Indian journal of veterinary science and animal husbandry - Volumes 15-17, 1948-1951
Year: 1948
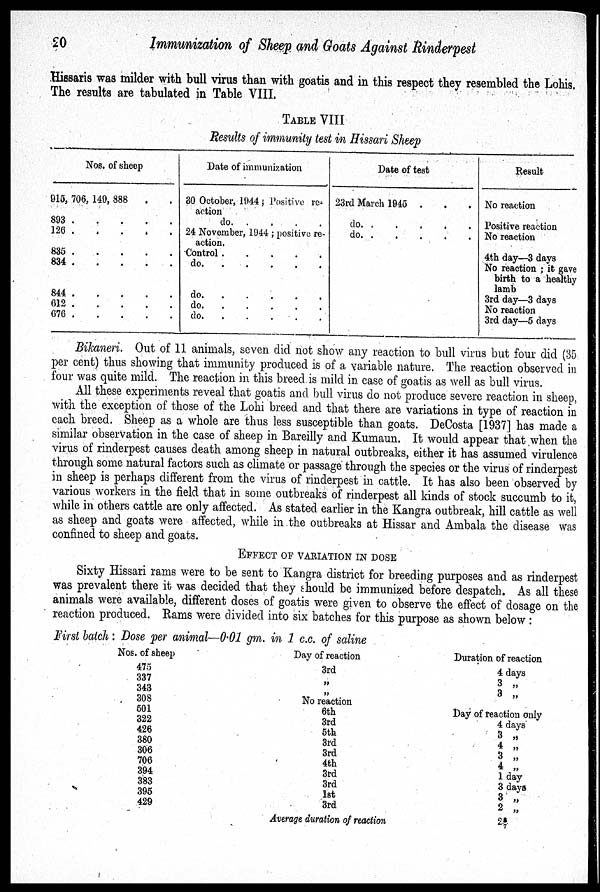
20
Immunization of Sheep and Goats Against Rinderpest
Hissaris was milder with bull virus than with goatis and in this respect they resembled the Lohis.
The results are tabulated in Table VIII.
TABLE VIII
Results of immunity test in Hissari Sheep
Nos. of sheep
915, 706, 149, 888 . .
893
.
.
.
.
.
126
.
.
.
.
.
835
.
.
.
.
.
844
.
.
.
.
.
612
.
.
.
.
.
676
.
.
.
.
.
Date of immunization
30 October, 1044 Positive re¬
action
do. . . . . .
24 November, 1944; positive re-
action.
Control
.
.
.
.
.
do.
.
.
.
.
.
do.
.
.
.
.
.
do.
.
.
.
.
.
do.
.
.
.
.
.
Date of test
23rd March 1945 . . .
do.
.
.
.
.
.
do.
.
.
.
.
.
Result
No reaction
Positive reaction
No reaction
4th day—3 days
No reaction; it gave
birth to a healthy
lamb
3rd day—3 days
No reaction
3rd day—5 days
Bikaneri. Out of 11 animals, seven did not show any reaction to bull virus but four did (35
per cent) thus showing that immunity produced is of a variable nature. The reaction observed in
four was quite mild. The reaction in this breed is mild in case of goatis as well as bull virus.
All these experiments reveal that goatis and bull virus do not produce severe reaction in sheep,
with the exception of those of the Lohi breed and that there are variations in type of reaction in
each breed. Sheep as a whole are thus less susceptible than goats. DeCosta [1937] has made a
similar observation in the case of sheep in Bareilly and Kumaun. It would appear that when the
virus of rinderpest causes death among sheep in natural outbreaks, either it has assumed virulence
through some natural factors such as climate or passage through the species or the virus of rinderpest
in sheep is perhaps different from the virus of rinderpest in cattle. It has also been observed by
various workers in the field that in some outbreaks of rinderpest all kinds of stock succumb to it,
while in others cattle are only affected. As stated earlier in the Kangra outbreak, hill cattle as well
as sheep and goats were affected, while in the outbreaks at Hissar and Ambala the disease was
confined to sheep and goats.
EFFECT OF VARIATION IN DOSE
Sixty Hissari rams were to be sent to Kangra district for breeding purposes and as rinderpest
was prevalent there it was decided that they should be immunized before despatch. As all these
animals were available, different doses of goatis were given to observe the effect of dosage on the
reaction produced. Rams were divided into six batches for this purpose as shown below:
First batch: Dose per animal—0.01 gm. in 1 c.c. of saline
Nos. of sheep
475
337
343
308
501
322
426
380
306
706
394
383
395
429
Day of reaction
3rd
„
„
No reaction
6th
3rd
5th
3rd
3rd
4th
3rd
3rd
1st
3rd
Average duration of reaction
Duration of reaction
4 days
3 „
3 „
Day of reaction only
4 days
3 „
4 „
3 „
4 „
1 day
3 days
3 „
2 „
2 6/7